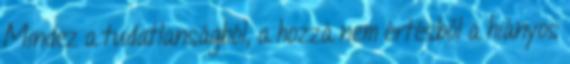
Mindez a tudatlanságból, a hozzá nem értésből a hiányos